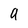
Character: 9